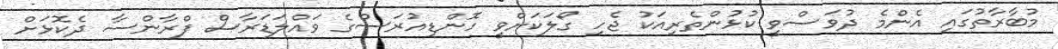
މުބާރާތުގައި އެންމެ ދުވަސްވީ ކުޅުންތެރިއަކު ޖެހި ގޯލަކަށްވީ ހޮންޑިއުރަސްގެ ވައްލަޑަރާސް ފްރާންސާ ދެކޮޅަށް